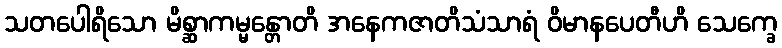
သတပေါရိသော မိစ္ဆာကမ္မန္တောတိ အနေကဇာတိသံသာရံ ဝိမာနပေတီဟိ သေက္ခေ